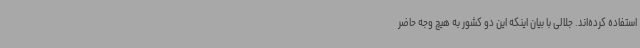
استفاده کرده‌اند. جلالی با بیان اینکه این دو کشور به هیچ وجه حاضر